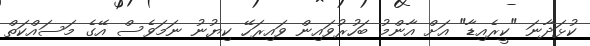
ކުޅަދާނަ "ކީރެއިޑާ" އަށް އާންމު ބަހުރުވައިން ވައިރަހޭ ކިޔުނު ނަމަވެސް އޭގެ މަސައްކަތް